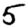
Digit: 5